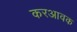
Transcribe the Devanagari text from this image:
करआवक